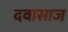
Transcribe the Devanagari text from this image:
दवासाज